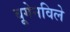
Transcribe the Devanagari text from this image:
बूगेनविले